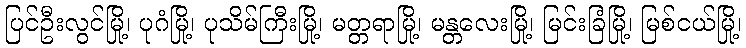
ပြင်ဦးလွင်မြို့၊ ပုဂံမြို့၊ ပုသိမ်ကြီးမြို့၊ မတ္တရာမြို့၊ မန္တလေးမြို့၊ မြင်းခြံမြို့၊ မြစ်ငယ်မြို့၊